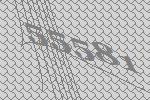
55581